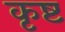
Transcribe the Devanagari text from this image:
कृष्ट